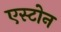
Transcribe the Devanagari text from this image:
एस्टोन